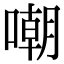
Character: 嘲